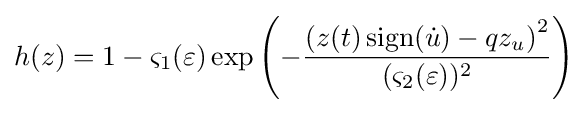
h(z)=1-\varsigma _{1}(\varepsilon )\exp \left(-{\frac {\left(z(t)\operatorname {sign} ({\dot {u}})-qz_{u}\right)^{2}}{(\varsigma _{2}(\varepsilon ))^{2}}}\right)